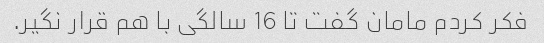
فکر کردم مامان گفت تا 16 سالگی با هم قرار نگیر.